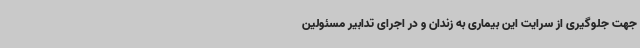
جهت جلوگیری از سرایت این بیماری به زندان و در اجرای تدابیر مسئولین